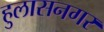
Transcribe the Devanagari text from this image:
हुलासनगर